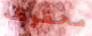
محظوظه